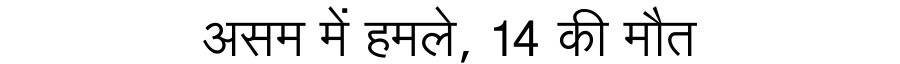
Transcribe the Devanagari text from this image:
असम में हमले, 14 की मौत